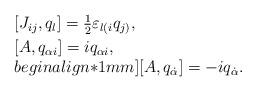
LaTeX: \begin{align*}\begin{array}{l}[J_{ij},q_l]=\frac{1}{2}\varepsilon_{l(i}q_{j)}, \\ [1mm] [A,q_{\alpha i}]=iq_{\alpha i},\\begin{align*}1mm] [A,q_{\dot \alpha }]=-iq_{\dot \alpha }.\end{array}\end{align*}